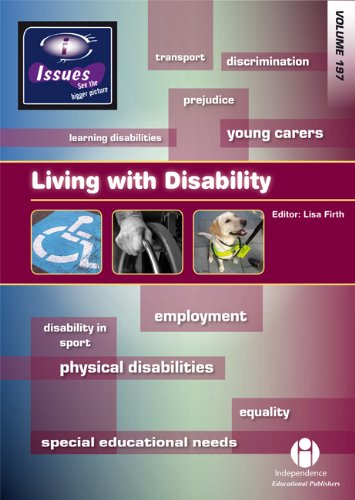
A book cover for Living with Disability (Issues Series); Teen & Young Adult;